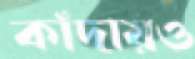
কাঁদায়ও